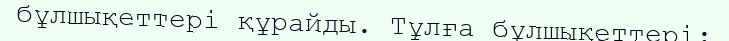
бұлшықеттері құрайды. Тұлға бұлшықеттері: